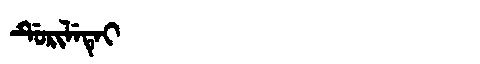
Manchu: ᡩᡠᡵᡳᠯᡝᡨᡝᡳ
Romanization: DURILETEI